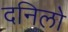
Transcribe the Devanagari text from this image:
दनिलो